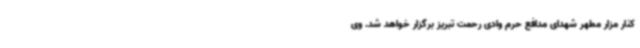
کنار مزار مطهر شهدای مدافع حرم وادی رحمت تبریز برگزار خواهد شد. وی